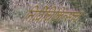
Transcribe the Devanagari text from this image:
निर्विचिकित्सत्त्व